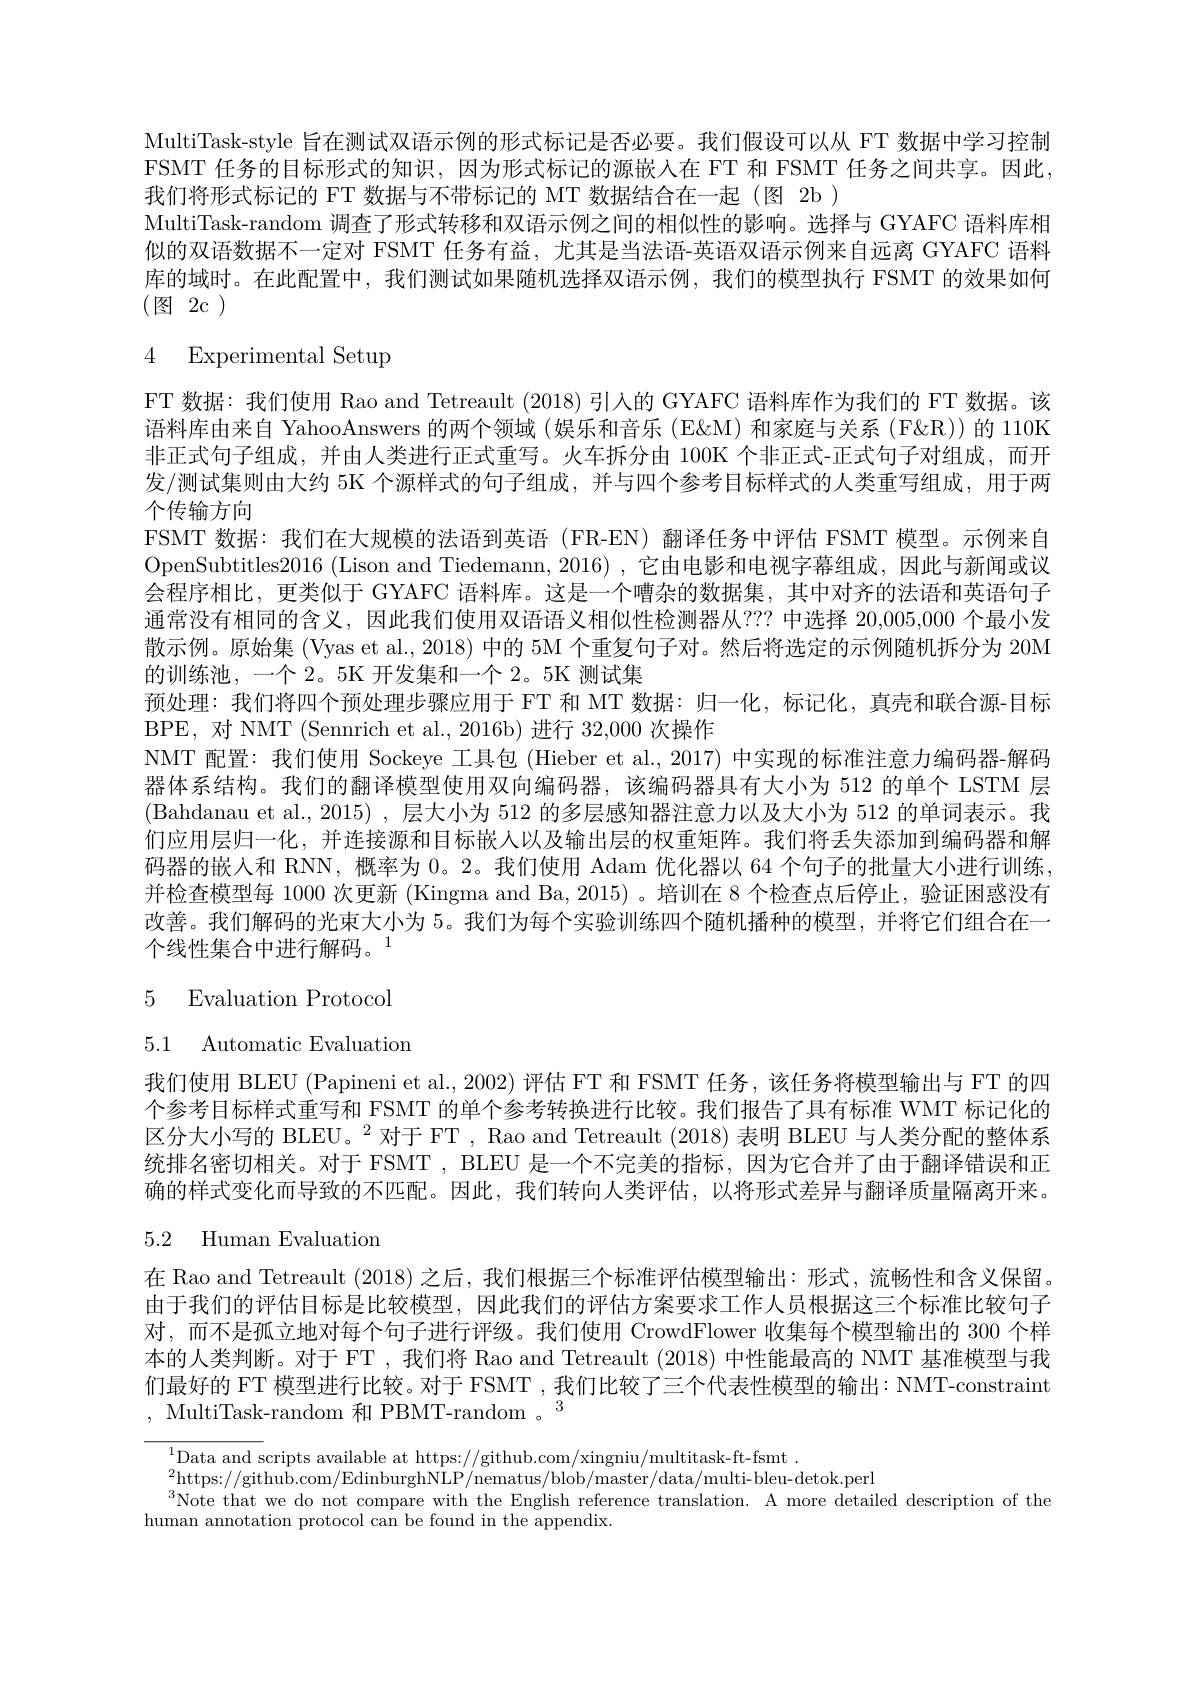
MultiTask-style 旨在测试双语示例的形式标记是否必要。我们假设可以从 FT 数据中学习控制FSMT 任务的目标形式的知识，因为形式标记的源嵌人在 FT 和 FSMT 任务之间共享。因此， 我们将形式标记的 FT 数据与不带标记的 MT 数据结合在一起 (图 2b )
MultiTask-random 调查了形式转移和双语示例之间的相似性的影响。选择与 GYAFC 语料库相似的双语数据不一定对 FSMT 任务有益，尤其是当法语-英语双语示例来自远离 GYAFC 语料库的域时。在此配置中，我们测试如果随机选择双语示例，我们的模型执行 FSMT 的效果如何(图2c)

4 Experimental Setup

FT 数据：我们使用 Rao and Tetreault (2018) 引人的 GYAFC 语料库作为我们的 FT 数据。该语料库由来自 YahooAnswers 的两个领域 (娱乐和音乐 (E&M) 和家庭与关系 (F&R)) 的 110K 非正式句子组成，并由人类进行正式重写。火车拆分由 100K 个非正式-正式句子对组成，而开发/测试集则由大约 5K 个源样式的句子组成，并与四个参考目标样式的人类重写组成，用于两个传输方向
FSMT 数据：我们在大规模的法语到英语 (FR-EN) 翻译任务中评估 FSMT 模型。示例来自OpenSubtitles2016 (Lison and Tiedemann, 2016) ,它由电影和电视字幕组成，因此与新闻或议会程序相比，更类似于 GYAFC 语料库。这是一个嘈杂的数据集，其中对齐的法语和英语句子通常没有相同的含义，因此我们使用双语语义相似性检测器从？?? 中选择 20,005,000 个最小发散示例。原始集 (Vyas et al., 2018) 中的 5M 个重复句子对。然后将选定的示例随机拆分为 20M 的训练池，一个 2。5K 开发集和一个 2。5K 测试集
预处理：我们将四个预处理步骤应用于 FT 和 MT 数据：归一化，标记化，真壳和联合源-目标
BPE,对 NMT (Sennrich et al., 2016b) 进行 32,000 次操作
NMT 配置：我们使用 Sockeye 工具包 (Hieber et al., 2017) 中实现的标准注意力编码器-解码器体系结构。我们的翻译模型使用双向编码器，该编码器具有大小为 512 的单个 LSTM 层(Bahdanau et al., 2015) , 层大小为 512 的多层感知器注意力以及大小为 512 的单词表示。我们应用层归一化，并连接源和目标嵌人以及输出层的权重矩阵。我们将丢失添加到编码器和解码器的嵌人和 RNN, 概率为 0。2。我们使用 Adam 优化器以 64 个句子的批量大小进行训练， 并检查模型每 1000 次更新 (Kingma and Ba,2015) 。培训在 8 个检查点后停止，验证困惑没有改善。我们解码的光束大小为 5。我们为每个实验训练四个随机播种的模型，并将它们组合在一个线性集合中进行解码。1

5 Evaluation Protocol

5.1 Automatic Evaluation

我们使用 BLEU (Papineni et al., 2002) 评估 FT 和 FSMT 任务，该任务将模型输出与 FT 的四个参考目标样式重写和 FSMT 的单个参考转换进行比较。我们报告了具有标准 WMT 标记化的区分大小写的 BLEU。$^{2}$对于 FT , Rao and Tetreault (2018) 表明 BLEU 与人类分配的整体系统排名密切相关。对于 FSMT , BLEU 是一个不完美的指标，因为它合并了由于翻译错误和正确的样式变化而导致的不匹配。因此，我们转向人类评估，以将形式差异与翻译质量隔离开来。

# 5.2 Human Evaluation

在 Rao and Tetreault (2018) 之后，我们根据三个标准评估模型输出：形式，流畅性和含义保留。由于我们的评估目标是比较模型，因此我们的评估方案要求工作人员根据这三个标准比较句子对，而不是孤立地对每个句子进行评级。我们使用 CrowdFlower 收集每个模型输出的 300 个样本的人类判断。对于 FT , 我们将 Rao and Tetreault (2018) 中性能最高的 NMT 基准模型与我们最好的 FT 模型进行比较。对于 FSMT , 我们比较了三个代表性模型的输出：NMT-constraint , MultiTask-random 和 PBMT-random 。$^3$

$^{1}$Data and scripts available at https://github.com/xingniu/multitask-ft-fsmt$^{1}$
2https://github.com/EdinburghNLP/nematus/blob/master/data/multi-bleu-detok.perl
$^3$Note that we do not compare with the English reference translation. A more detailed description of the
human annotation protocol can be found in the appendix.